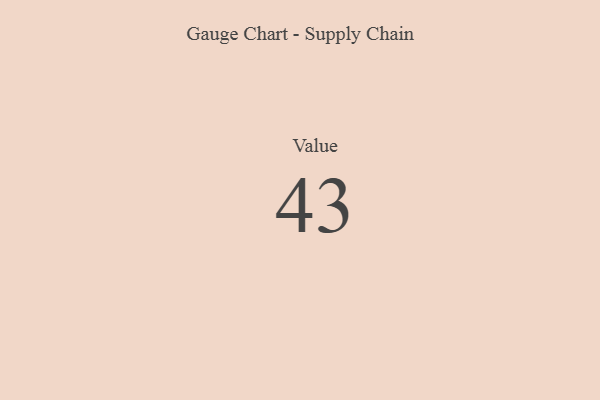
{"axis": {"x": "Metric", "y": "Value"}, "legend": [""], "data": [{"x": "Value", "y": 43, "type": ""}]}